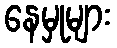
နေမှုများ